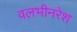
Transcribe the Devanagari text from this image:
वलभीनरेश